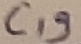
Text: C19